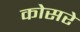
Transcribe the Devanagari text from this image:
कोसरे